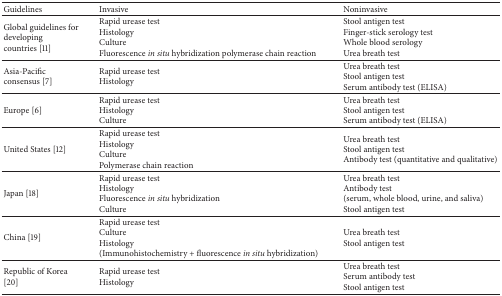
| Guidelines | Invasive | Noninvasive |
 | --- | --- | --- |
 | Global guidelines for developingcountries [11] | Rapid urease testHistologyCultureFluorescence in situ hybridization polymerase chain reaction | Stool antigen testFinger-stick serology testWhole blood serologyUrea breath test |
 | Asia-Pacific consensus [7] | Rapid urease testHistology | Urea breath testStool antigen testSerum antibody test (ELISA) |
 | Europe [6] | Rapid urease testHistologyCulture | Urea breath testStool antigen testSerum antibody test (ELISA) |
 | United States [12] | Rapid urease testHistologyCulturePolymerase chain reaction | Urea breath testStool antigen testAntibody test (quantitative and qualitative) |
 | Japan [18] | Rapid urease testHistologyFluorescence in situ hybridizationCulture | Urea breath testAntibody test (serum, whole blood, urine, and saliva)Stool antigen test |
 | China [19] | Rapid urease testCultureHistology(Immunohistochemistry + fluorescence in situ hybridization) | Urea breath testStool antigen test |
 | Republic of Korea [20] | Rapid urease testHistology | Urea breath testSerum antibody testStool antigen test |